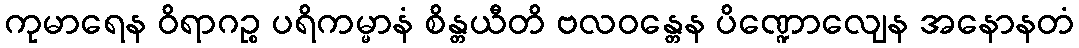
ကုမာရေန ဝိရာဂဉ္စ ပရိကမ္မာနံ စိန္တယီတိ ဗလဝန္တေန ပိဏ္ဍောလျေန အနောနတံ